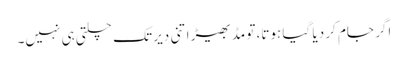
اگر جام کر دیا گیا ہوتا، تو مڈبھیڑ اتنی دیر تک چلتی ہی نہیں۔